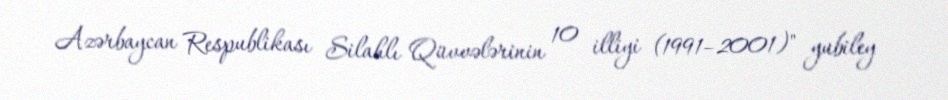
Azərbaycan Respublikası Silahlı Qüvvələrinin 10 illiyi (1991–2001)" yubiley